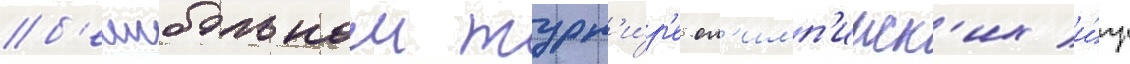
б'еисбольном турн'и́р'е ол'имп'ииск'их и́гр